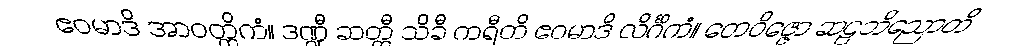
ဧဝမာဒိ အာဝတ္ထိကံ။ ဒဏ္ဍီ ဆတ္တီ သိခီ ကရီတိ ဧဝမာဒိ လိင်္ဂိကံ။ တေဝိဇ္ဇော ဆဠဘိညောတိ